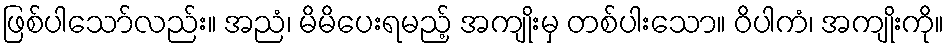
ဖြစ်ပါသော်လည်း။ အညံ၊ မိမိပေးရမည့် အကျိုးမှ တစ်ပါးသော။ ဝိပါကံ၊ အကျိုးကို။